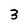
Character: 3